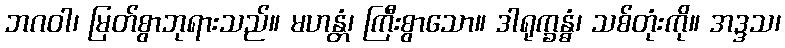
ဘဂဝါ၊ မြတ်စွာဘုရားသည်။ မဟန္တံ၊ ကြီးစွာသော။ ဒါရုက္ခန္ဓံ၊ သစ်တုံးကို။ အဒ္ဒသ၊